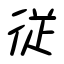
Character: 従